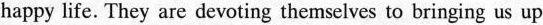
happy life. They are devoting themselves to bringing us up